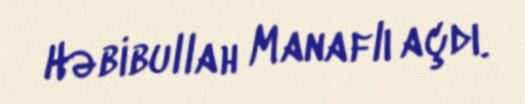
Həbibullah Manaflı açdı.